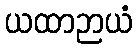
ယထာဉာယံ